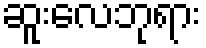
ဆူးလေဘုရား